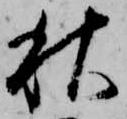
秋